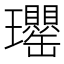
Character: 𤫡